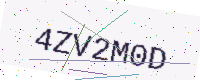
Text: 4ZV2M0D